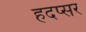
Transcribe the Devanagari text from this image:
हदप्सर